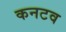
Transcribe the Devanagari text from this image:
कनटव